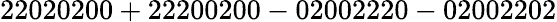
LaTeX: \mathrm{22020200+22200200-02002220-02002202}